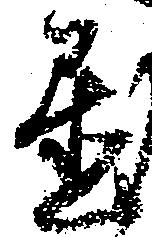
置